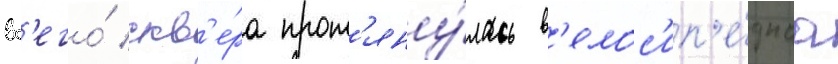
вс'его́ скв'е́ра прот'яну́лась в'елос'ип'е́днаа